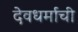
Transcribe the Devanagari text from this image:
देवधर्माची